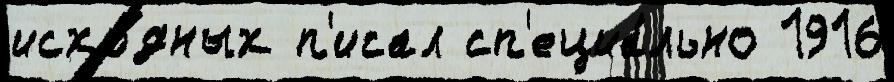
исхо́дных п'исал сп'ециа́льно 1916